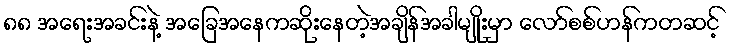
၈၈ အရေးအခင်းနဲ့ အခြေအနေကဆိုးနေတဲ့အချိန်အခါမျိုးမှာ လော်စစ်ဟန်ကတဆင့်